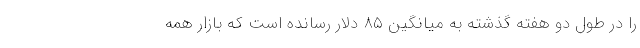
را در طول دو هفته گذشته به میانگین ۸۵ دلار رسانده است که بازار همه